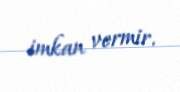
imkan vermir.